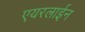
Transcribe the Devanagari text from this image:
एयरलाईन